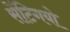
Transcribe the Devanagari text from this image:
सेंटिगयो